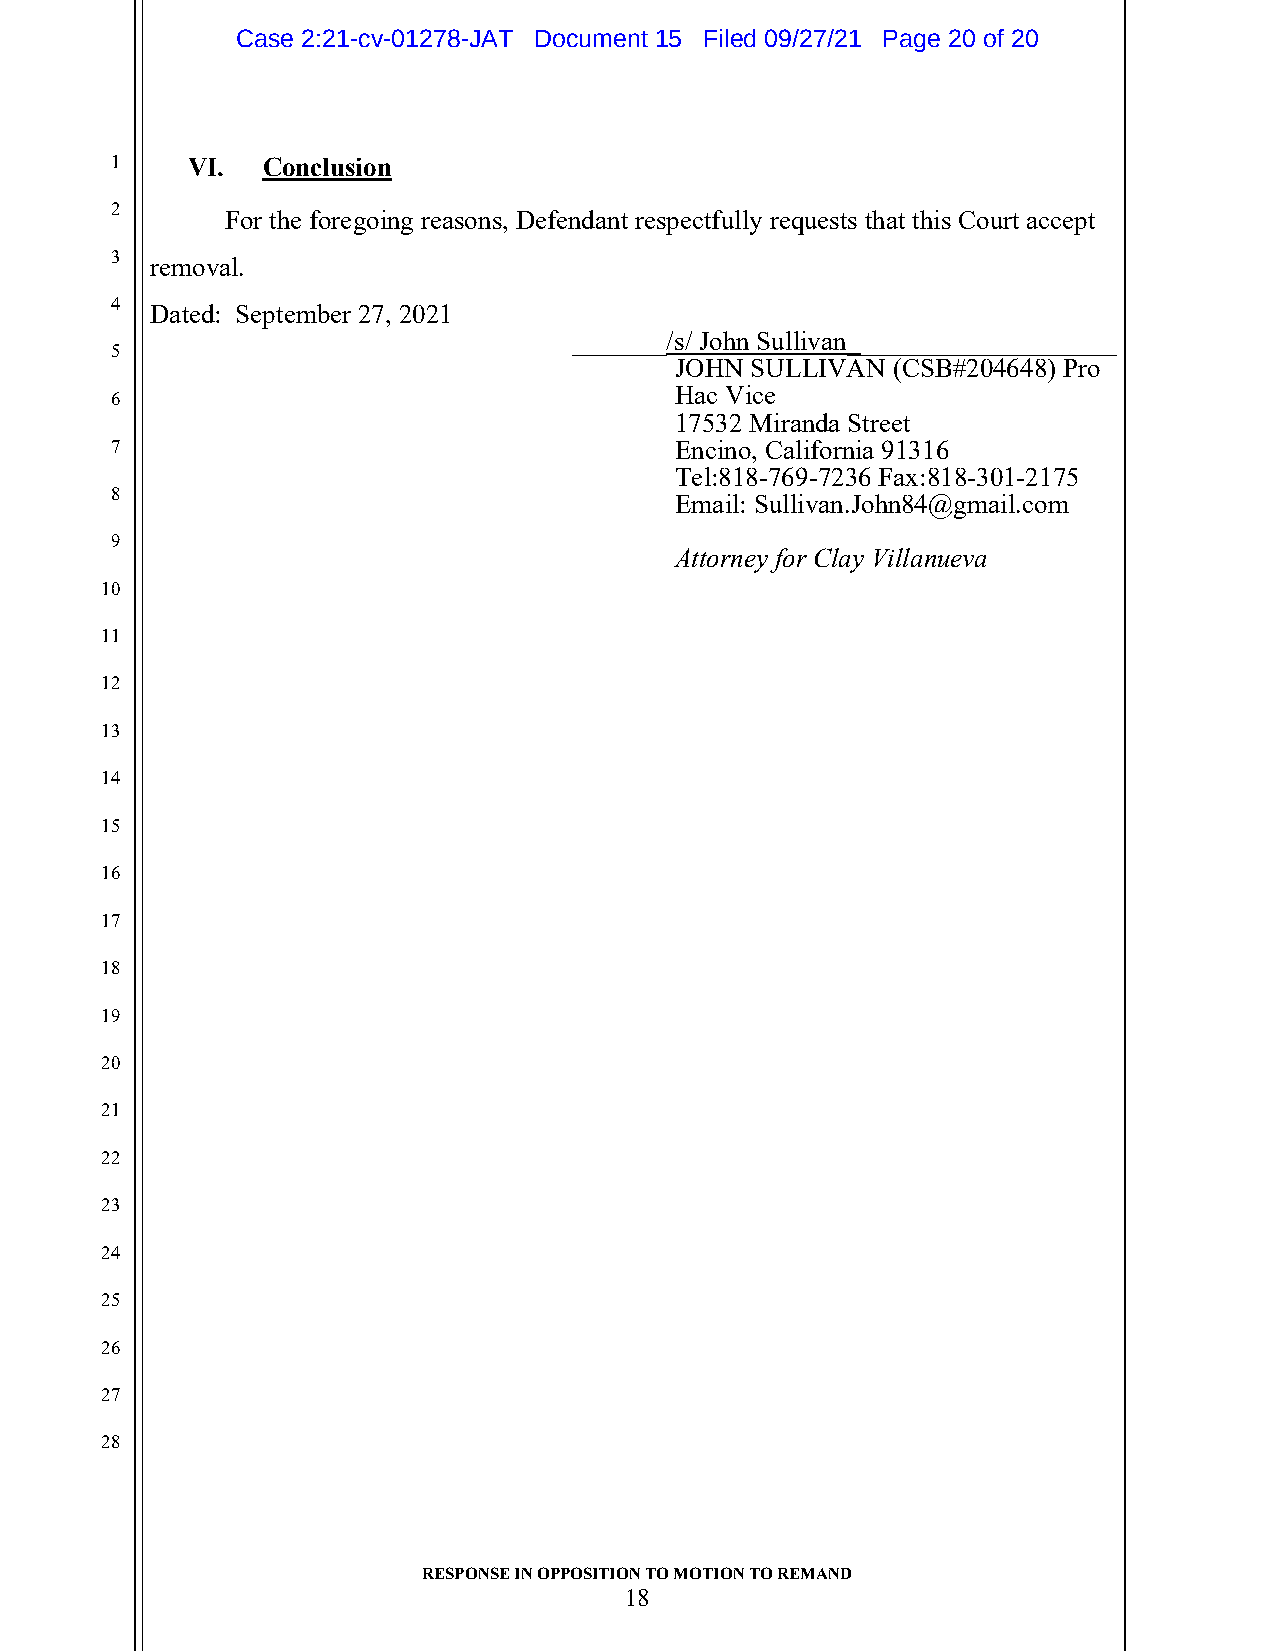
Case 2:21-cv-01278-JAT Document 15 Filed 09/27/21 Page 20 of 20
 1    VI.  Conclusion
 2
 For the foregoing reasons, Defendant respectfully requests that this Court accept
 3
 removal.
 4
 Dated: September 27, 2021
 _______/s/ John Sullivan____________________
 5
 JOHN SULLIVAN (CSB#204648) Pro
 Hac Vice
 6
 17532 Miranda Street
 7                                     Encino, California 91316
 Tel:818-769-7236 Fax:818-301-2175
 8
 Email: Sullivan.John84@gmail.com
 9
 Attorney for Clay Villanueva
 10
 11
 12
 13
 14
 15
 16
 17
 18
 19
 20
 21
 22
 23
 24
 25
 26
 27
 28
 RESPONSE IN OPPOSITION TO MOTION TO REMAND
 18